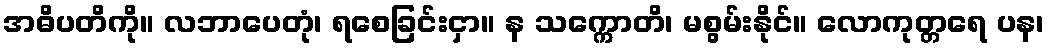
အဓိပတိကို။ လဘာပေတုံ၊ ရစေခြင်းငှာ။ န သက္ကောတိ၊ မစွမ်းနိုင်။ လောကုတ္တရေ ပန၊